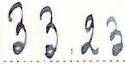
33.23